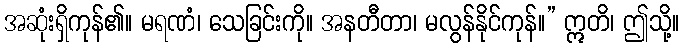
အဆုံးရှိကုန်၏။ မရဏံ၊ သေခြင်းကို။ အနတီတာ၊ မလွန်နိုင်ကုန်။” ဣတိ၊ ဤသို့။